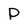
Character: p